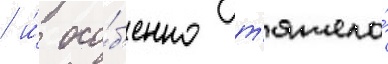
/ и́ осо́б'енно т'яжело́